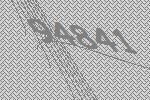
94841